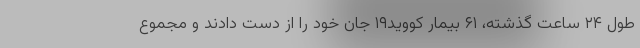
طول ۲۴ ساعت گذشته، ۶۱ بیمار کووید۱۹ جان خود را از دست دادند و مجموع